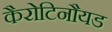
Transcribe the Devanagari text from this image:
कैरोटिनौयड